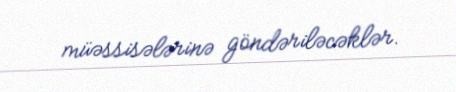
müəssisələrinə göndəriləcəklər.